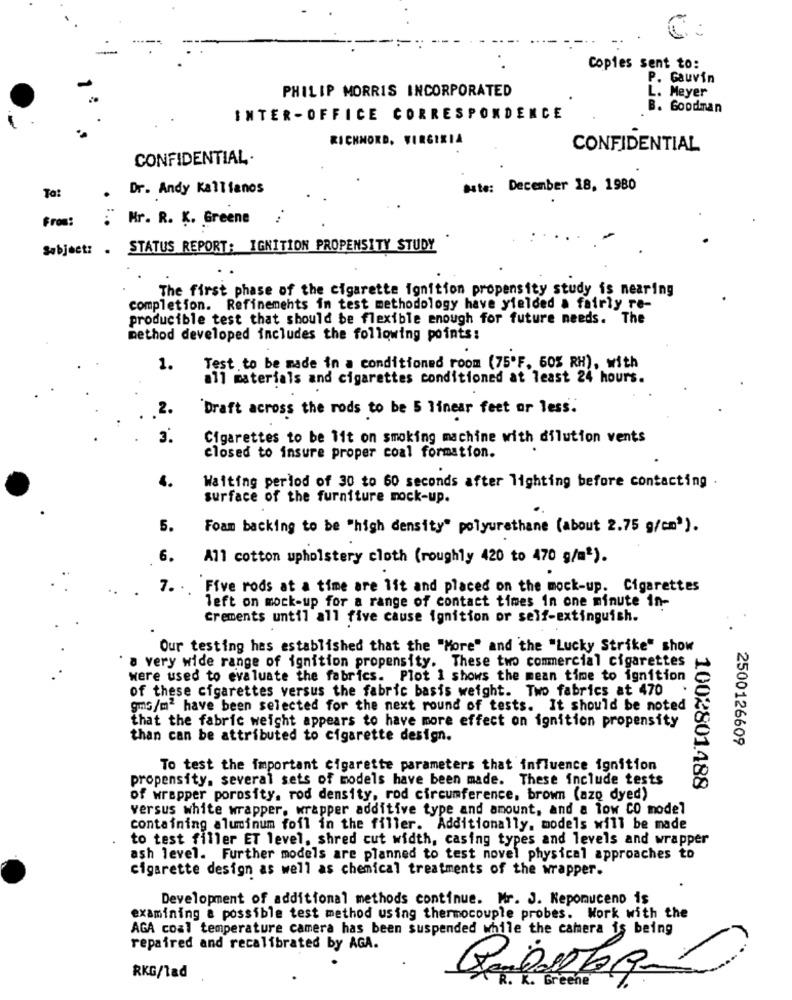
Copies sent to:
P. Gauvin
PHILIP MORRIS INCORPORATED
L. Meyer
B. Goodman
INTER-OFFICE CORRESPONDENCE
RICHMOND, VIRGINIA
CONFIDENTIAL
CONFIDENTIAL.
To:
Dr. Andy Kallianos
Site: December 18, 1980
.
From:
Mr. R. K. Greene
Subject: . STATUS REPORT: IGNITION PROPENSITY STUDY
The first phase of the cigarette ignition propensity study is nearing
completion. Refinements in test methodology have yielded a fairly re-
producible test that should be flexible enough for future needs. The
method developed includes the following points:
1.
Test to be made in a conditioned room (75'F. 60% RH), with
all materials and cigarettes conditioned at least 24 hours.
2.
Draft across the rods to be 5 linear feet or less.
3.
Cigarettes to be lit on smoking machine with dilution vents
closed to insure proper coal formation.
Waiting period of 30 to 60 seconds after lighting before contacting
surface of the furniture mock-up.
5.
Foam backing to be "high density" polyurethane (about 2.75 g/cm').
6.
All cotton upholstery cloth (roughly 420 to 470 g/m2).
7. Five rods at a time are lit and placed on the mock-up. Cigarettes
left on mock-up for a range of contact times in one minute in-
Crements until all five cause ignition or self-extinguish.
Our testing has established that the "More" and the "Lucky Strike" show
a very wide range of ignition propensity. These two commercial cigarettes
were used to evaluate the fabrics. Plot 1 shows the mean time to ignition
of these cigarettes versus the fabric basis weight. Two fabrics at 470
gms/m2 have been selected for the next round of tests. It should be noted
that the fabric weight appears to have more effect on ignition propensity
than can be attributed to cigarette design.
2500126609
To test the important cigarette parameters that influence ignition
propensity. several sets of models have been made. These include tests
1002801.488
of wrapper porosity, rod density, rod circumference, brown (azo dyed)
versus white wrapper, wrapper additive type and amount, and a low CO model
containing aluminum foil in the filler. Additionally, models will be made
to test filler ET level, shred cut width, casing types and levels and wrapper
ash level. Further models are planned to test novel physical approaches to
cigarette design as well as chemical treatments of the wrapper.
Development of additional methods continue. Mr. J. Nepomuceno is
examining a possible test method using thermocouple probes. Work with the
AGA coal temperature camera has been suspended while the camera is being
repaired and recalibrated by AGA.
RKG/lad